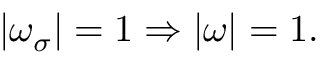
| \omega _ { \sigma } | = 1 \Rightarrow | \omega | = 1 .